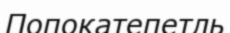
Попокатепетль